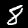
Label: 8